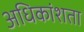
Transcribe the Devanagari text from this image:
अधिकांशता